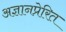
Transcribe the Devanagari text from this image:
अज्ञानप्रेरित